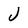
Character: J